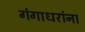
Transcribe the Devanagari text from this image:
गंगाधरांना